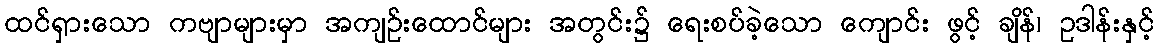
ထင်ရှားသော ကဗျာများမှာ အကျဉ်းထောင်များ အတွင်း၌ ရေးစပ်ခဲ့သော ကျောင်း ဖွင့် ချိန်၊ ဥဒါန်းနှင့်